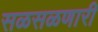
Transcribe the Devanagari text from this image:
सळसळणारी